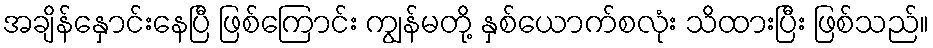
အချိန်နှောင်းနေပြီ ဖြစ်ကြောင်း ကျွန်မတို့ နှစ်ယောက်စလုံး သိထားပြီး ဖြစ်သည်။